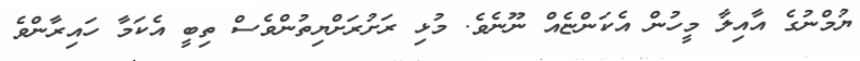
ޔުމްނުގެ އާއިލާ މީހުން އެކަންޏެއް ނޫނެވެ. މުޅި ރަށުރަށްޔިތުންވެސް ތިބީ އެކަމާ ހައިރާންވެ